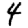
Digit: 4